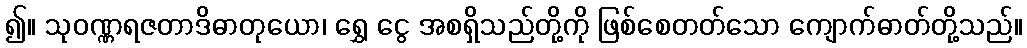
၍။ သုဝဏ္ဏရဇတာဒိဓာတုယော၊ ရွှေ ငွေ အစရှိသည်တို့ကို ဖြစ်စေတတ်သော ကျောက်ဓာတ်တို့သည်။